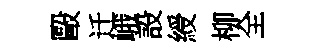
毆迁峨設綬柳全